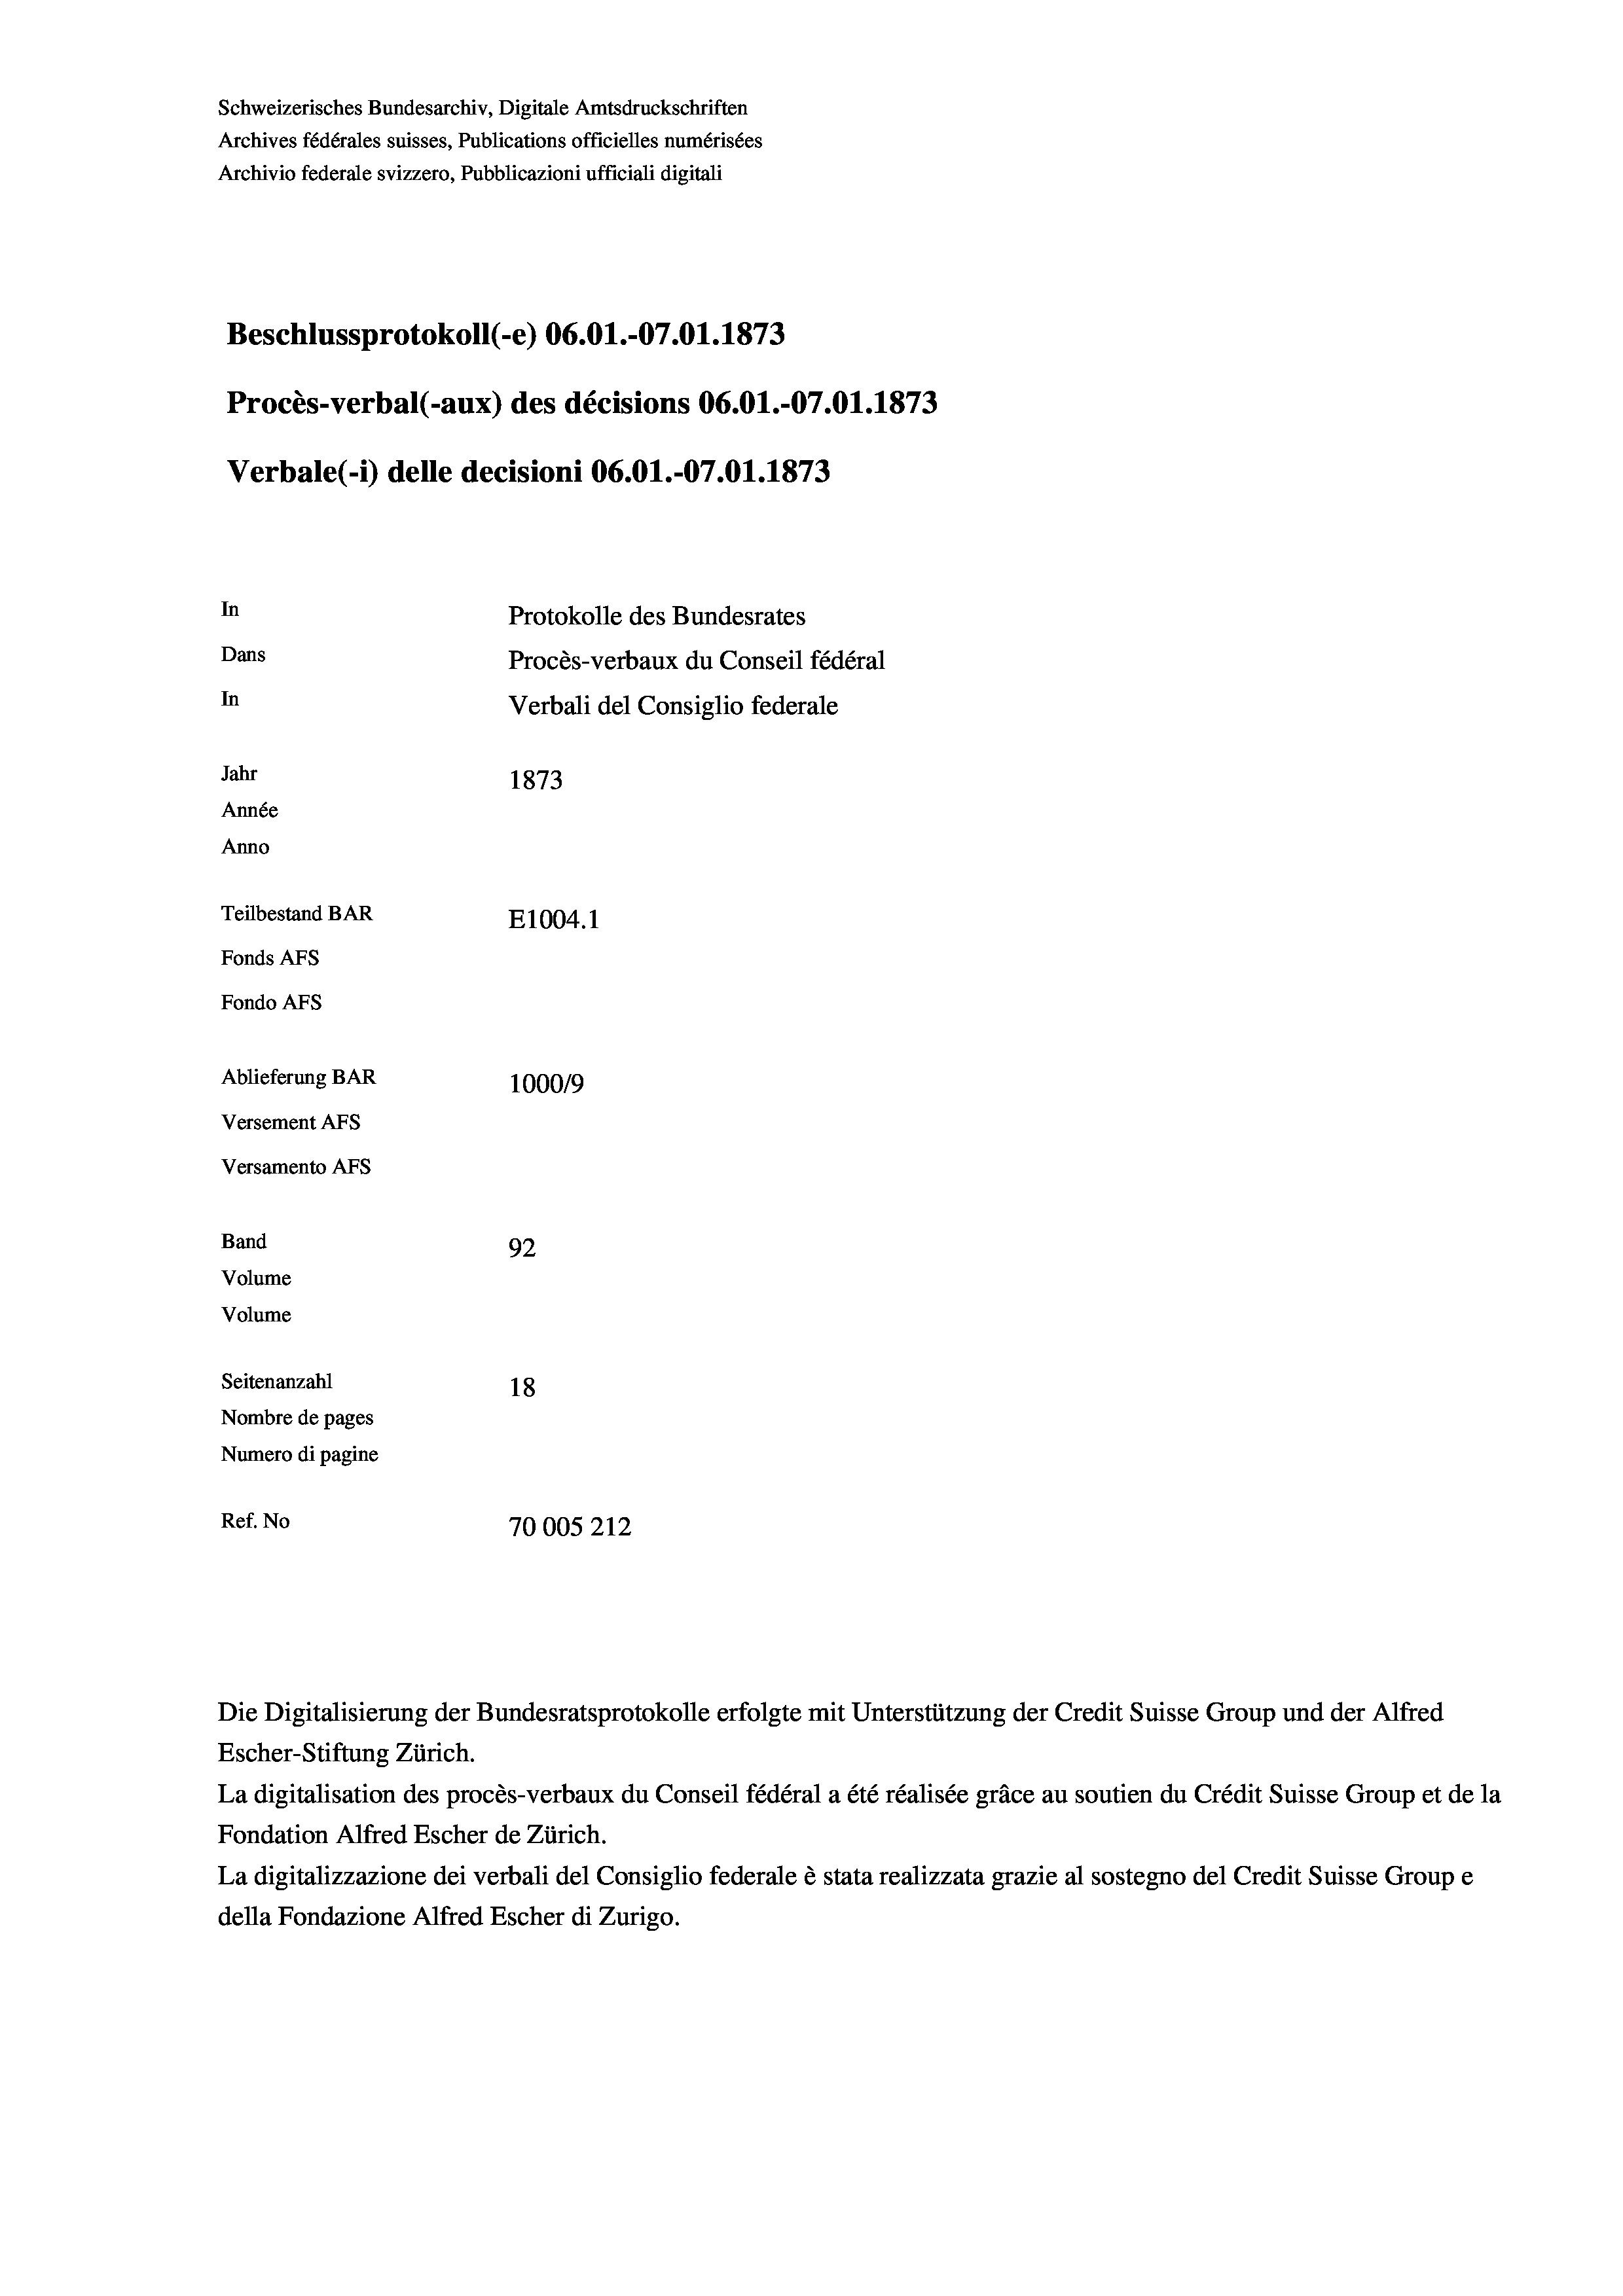
Schweizerisches Bundesarchiv, Digitale Amtsdruckschriften
Archives fédérales suisses, Publications officielles numérisées
Archivio federale svizzero, Pubblicazioni ufficiali digitali
Beschlussprotokoll (-e) 06.01.-07.01. 1873
Procès-verbal (-aux) des décisions 06.01.-07.01. 1873
Verbale (i) delle decisioni 06.01.-07.01. 1873
In
Protokolle des Bundesrates
Dans
Procès-verbaux du Conseil fédéral
In
Verbali del Consiglio federale
Jahr
1873
Année
Anno
Teilbestand BAR
E1004.1
Fonds AFs
Fondo AFs
Ablieferung BAR
100019
Versement AFs
Versamento Afs

Band
Volume
Volume

92
Seitenanzahl
18
Nombre de pages
Numero di pagine
Ref. No
70005 212

La digitalisation des procès-verbaux du Conseil fédéral a été réalisée gräce au soutien du Crédit Suisse Group et de la
Fondation Alfred Escher de Zürich.
La digitalizzazione dei verbali del Consiglio federale è stata realizzata grazie al sostegno del Credit Suisse Groupe
della Fondazione Alfred Escher di Zurigo.

Die Digitalisierung der Bundesratsprotokolle erfolgte mit Unterstützung der Credit Suisse Group und der Alfred
Escher-Stiftung Zürich.